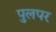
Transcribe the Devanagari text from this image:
पुलपर